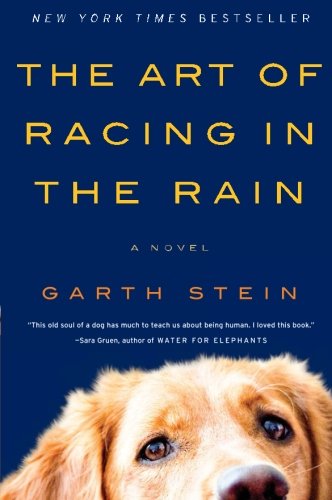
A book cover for The Art of Racing in the Rain: A Novel; Garth Stein; Literature & Fiction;